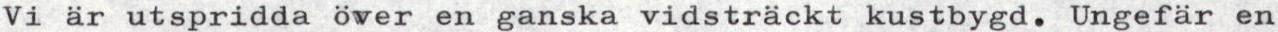
Vi är utspridda över en ganska vidsträckt kustbygd. Ungefär en